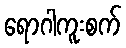
ရောဂါကူးစက်